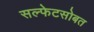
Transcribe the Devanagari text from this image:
सल्फेटसोबत